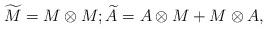
LaTeX: \begin{align*}&\widetilde{M} = M\otimes M; \widetilde{A} = A\otimes M + M\otimes A,\end{align*}